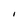
Character: I